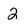
Character: 2